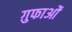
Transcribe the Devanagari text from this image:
ग़ुफाओं